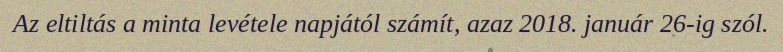
Az eltiltás a minta levétele napjától számít, azaz 2018. január 26-ig szól.